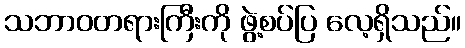
သဘာဝတရားကြီးကို ဖွဲ့စပ်ပြ လေ့ရှိသည်။